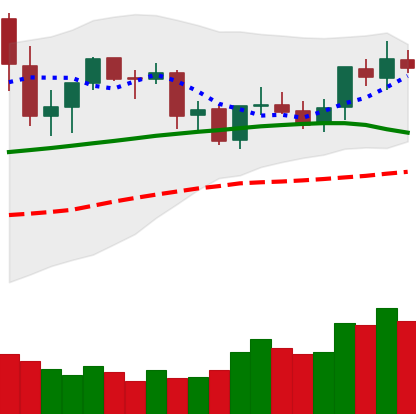
Ticker: ETC-USD
Chart end date: 2021-09-04
Forward return: -14.422%
Label: down_7plus